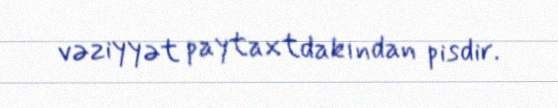
vəziyyət paytaxtdakından pisdir.